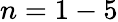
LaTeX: n=1-5